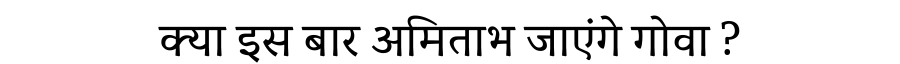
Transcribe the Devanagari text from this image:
क्या इस बार अमिताभ जाएंगे गोवा ?